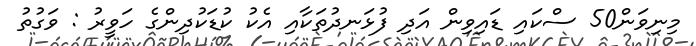
މިނިވަން50 ސްކައި ޑައިވިން އަދި ފުޅަނދުތަކާއި އެކު ކުޑަކުދިންގެ ހަވީީރު : ވަގުތު